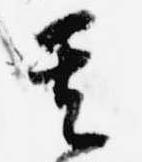
其